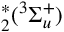
^ { * } _ { 2 } ( ^ { 3 } \Sigma _ { u } ^ { + } )